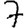
Digit: 7